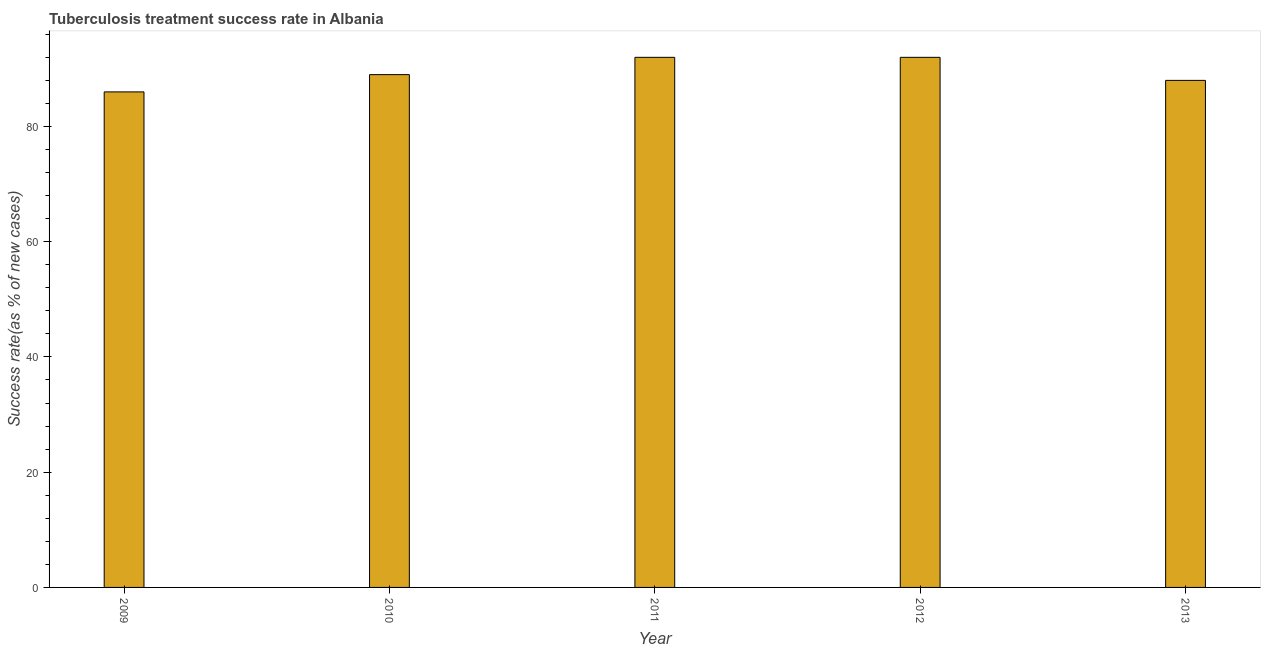
| Year | Tuberculosis treatment success rate |
 | --- | --- |
 | 2009 | 86 |
 | 2010 | 89 |
 | 2011 | 92 |
 | 2012 | 92 |
 | 2013 | 88 |